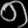
Digit: ၈